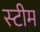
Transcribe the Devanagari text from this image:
स्‍टीम